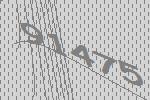
91475